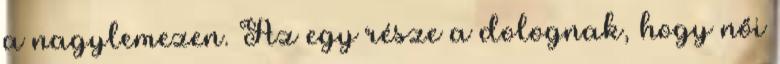
a nagylemezen. Az egy része a dolognak, hogy női